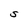
Character: S